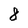
Character: 8